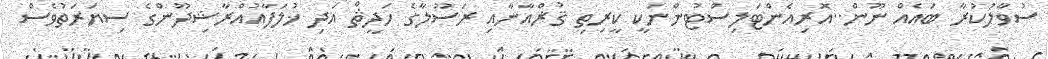
ސުވާލުކުރާ ބައެއް ނޫން..އޮރިއެންޓަލިސްޓުންނަކީ ކީރިތި ޤުޜްއާނާއި ރަސޫލާގެ ހަދީޘް އަދި ޚުލަފާއުއްރާޝިދޫންގެ ސިޔަރަތުވެސް